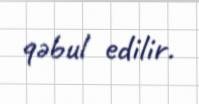
qəbul edilir.